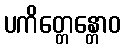
ပကိတ္တေန္တောဝ